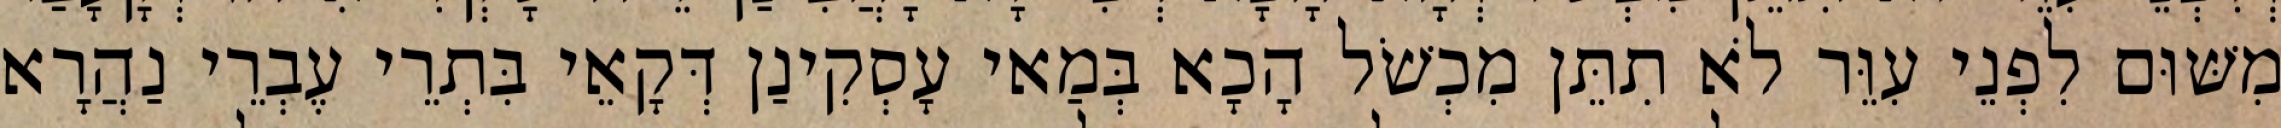
מִשּׁוּם לִפְנֵי עִוֵּר לֹא תִתֵּן מִכְשֹׁל הָכָא בְּמַאי עָסְקִינַן דְּקָאֵי בִּתְרֵי עֶבְרֵי נַהֲרָא